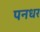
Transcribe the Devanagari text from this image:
पनधर